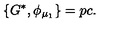
\{ G ^ { * } , \phi _ { \mu _ { 1 } } \} = p c .